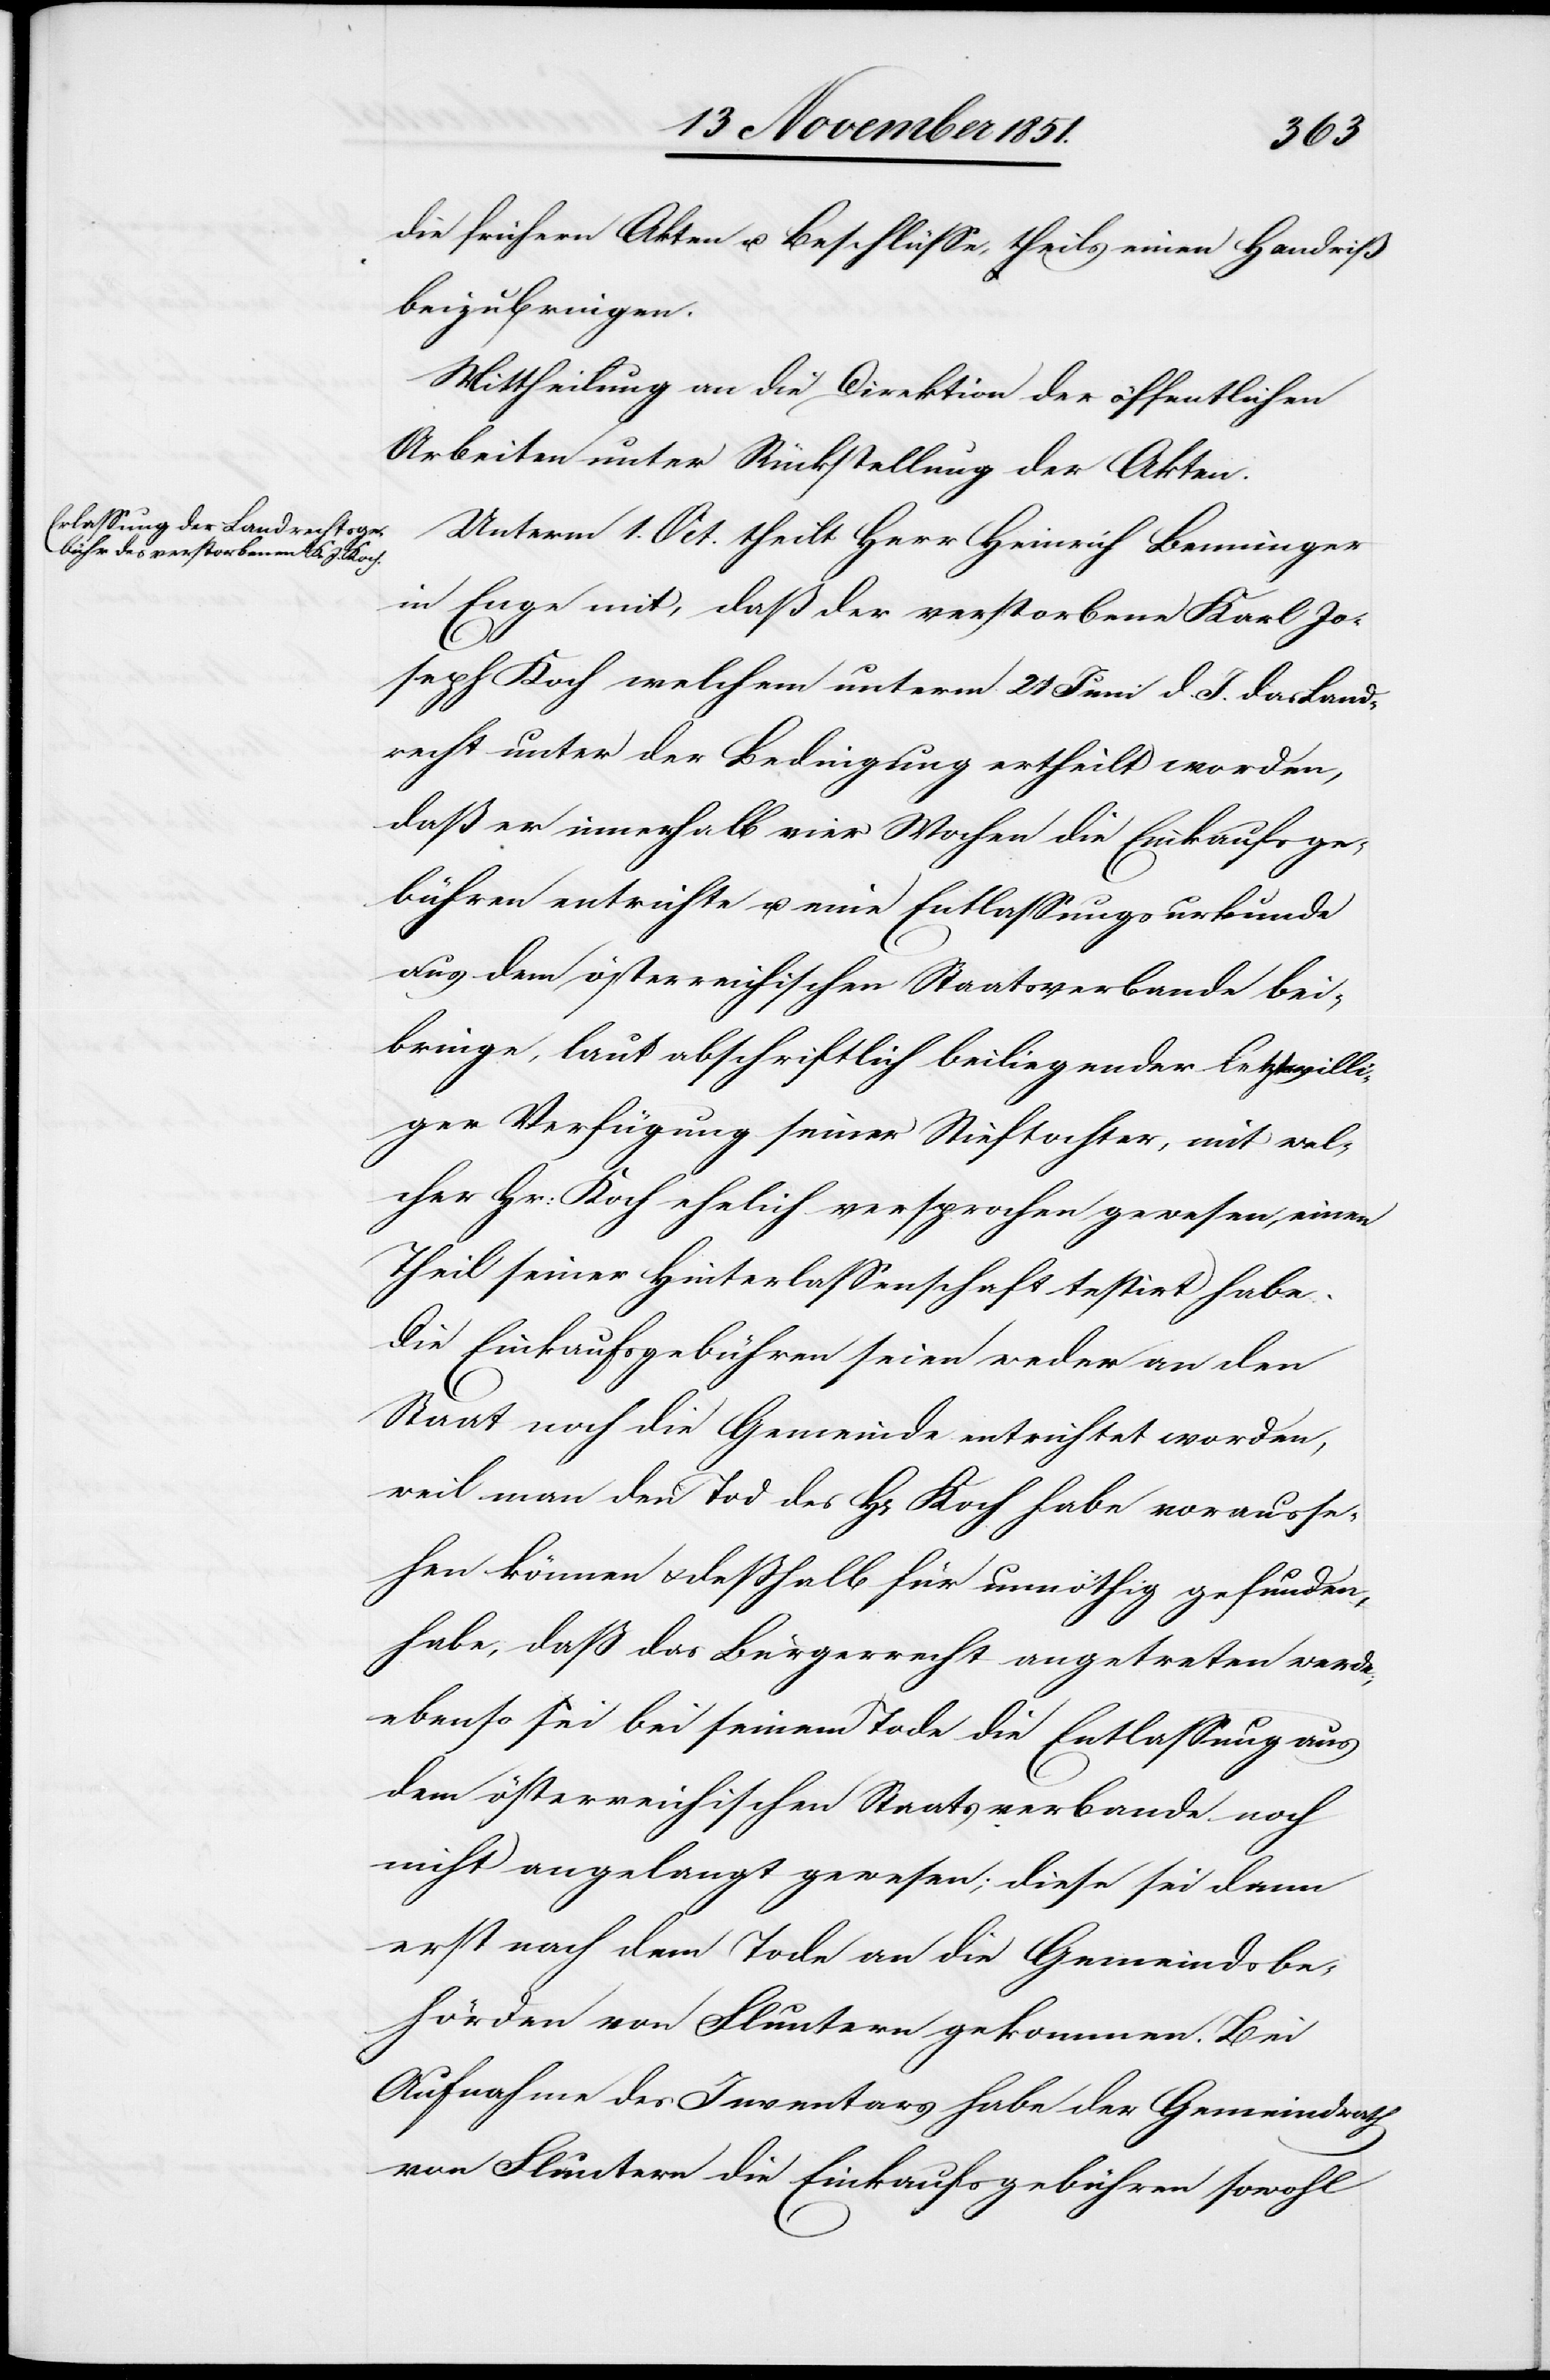
die frühern Akten u. Beschlüsse, theils einen Handriß
beizubringen.
Mittheilung an die Direktion der öffentlichen
Arbeiten unter Rückstellung der Akten.
Unterm 1. Oct. theilt Herr Heinrich Benninger
in Enge mit, daß der verstorbene Karl Jo¬
seph Koch welchem unterm 21 Juni d. J. das Land¬
recht unter der Bedingung ertheilt worden,
daß er innerhalb vier Wochen die Einkaufsge¬
bühren entrichte u. eine Entlassungsurkunde
aus dem österreichischen Staatsverbande bei¬
bringe, laut abschriftlich beiliegender letztwilli¬
ger Verfügung seiner Stieftochter, mit wel¬
cher Hr: Koch ehelich versprochen gewesen, einen
Theil seiner Hinterlassenschaft testirt habe.
Die Einkaufsgebühren seien weder an den
Staat noch die Gemeinde entrichtet worden,
weil man den Tod des H[errn] Koch habe vorausse¬
hen können & deßhalb für unnöthig gefunden,
habe, daß das Bürgerrecht angetreten werde;
ebenso sei bei seinem Tode die Entlassung aus
dem österreichischen Staatsverbande noch
nicht angelangt gewesen, diese sei dann
erst nach dem Tode an die Gemeindsbe¬
hörden von Fluntern gekommen. Bei
Aufnahme des Inventars habe der Gemeindrath
von Fluntern die Einkaufsgebühren sowohl